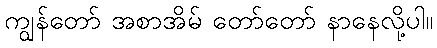
ကျွန်တော် အစာအိမ် တော်တော် နာနေလို့ပါ။